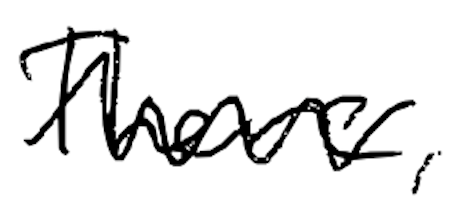
Text: There,
Cross-out: zig-zag
Writing tool: digital_black